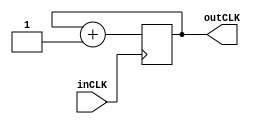

// Assignment 3 Adv Digital 1-bit DA2 Prescaler Module
// Nikolaus Scherwitzel (H00298068)

// Divides HCLK by 2 (50MHz/2) = 25MHz

module prescaler_DA2 (
  input wire inCLK,
  output wire outCLK
);

  reg rCOUNTER;

  always @(posedge inCLK)
    rCOUNTER <= rCOUNTER + 1'b1;

  assign outCLK = rCOUNTER;

endmodule